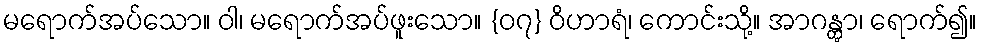
မရောက်အပ်သော။ ဝါ၊ မရောက်အပ်ဖူးသော။ {၀၇} ဝိဟာရံ၊ ကောင်းသို့။ အာဂန္တွာ၊ ရောက်၍။